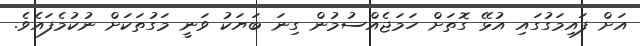
އަށް ފައިމަގުގައި އުޅޭ ގޮތަށް ހަމަޖެއްސުމުން ގިނަ ބަޔަކު ވަނީ މަގުތަކަށް ނުކުމެފައެވެ.